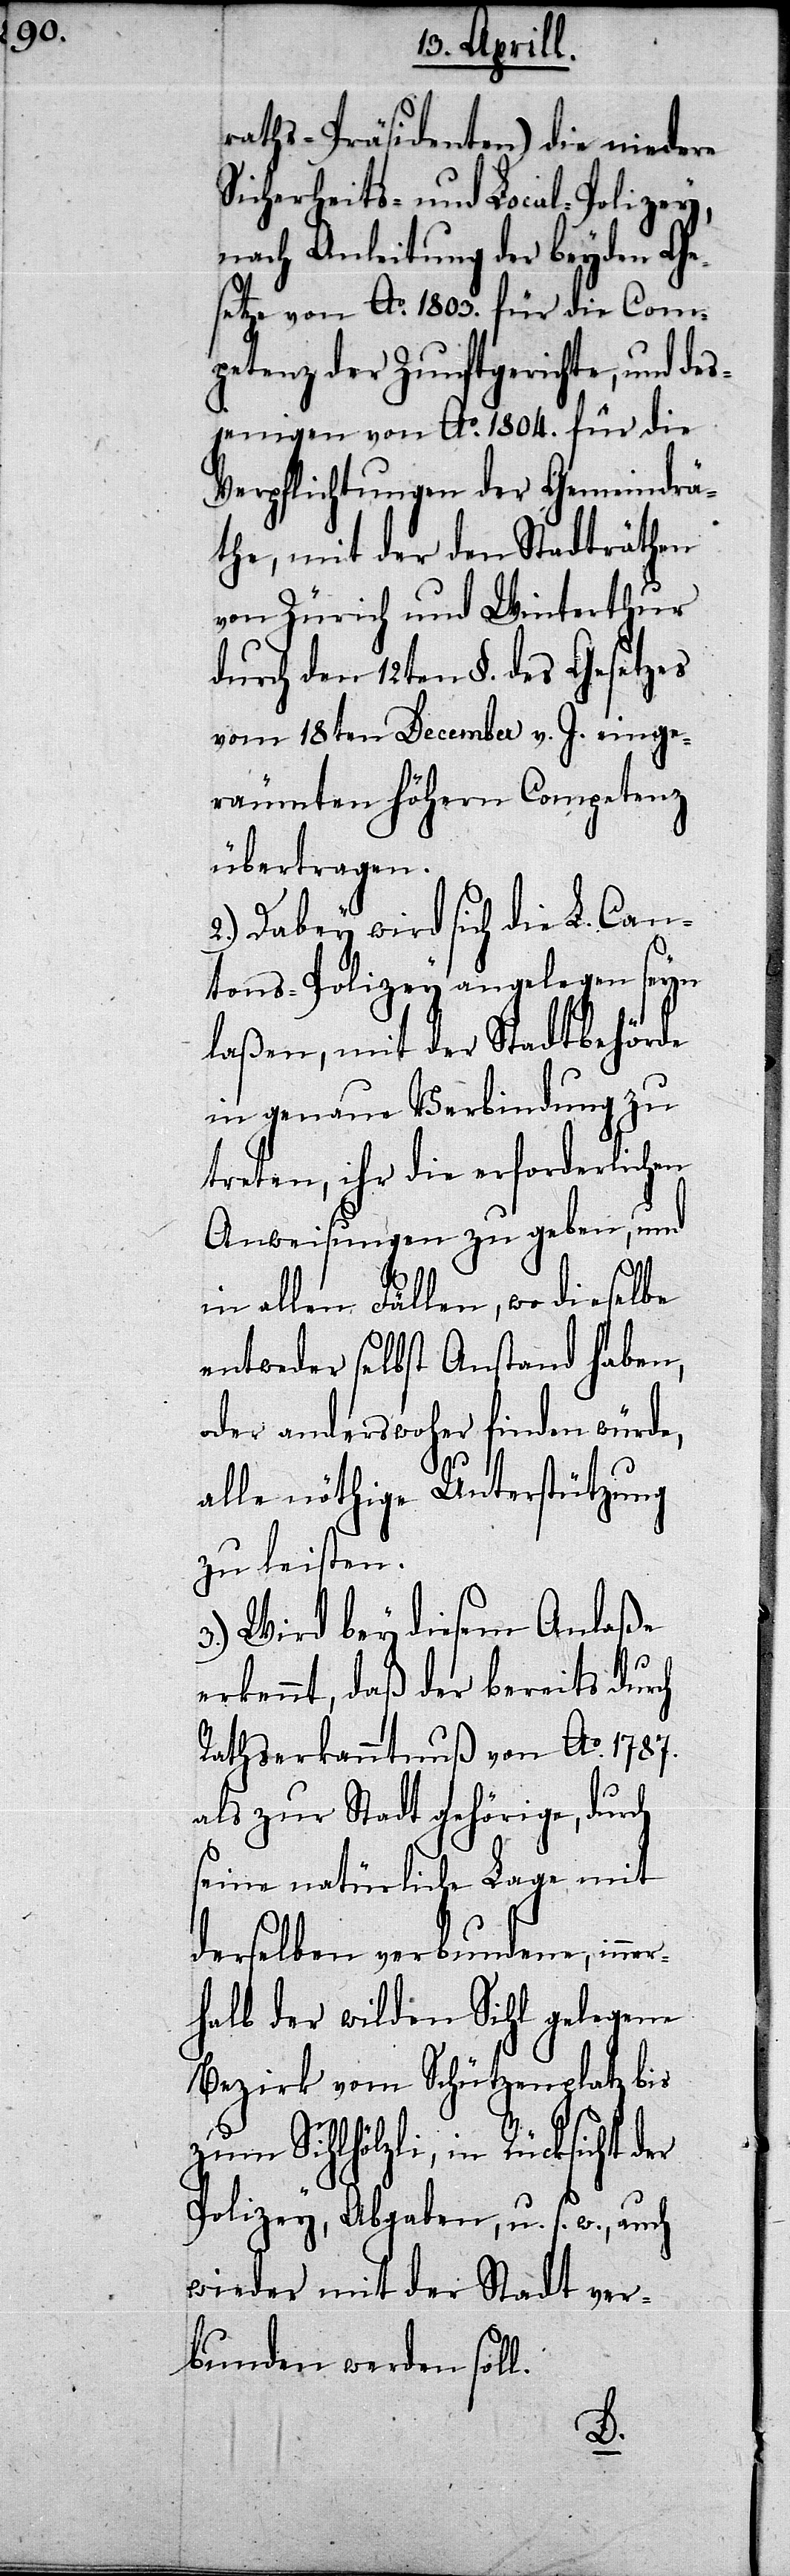
raths-Präsidenten) die niedere
Sicherheits- und Local-Polizey,
nach Anleitung der beyden Ge¬
setze von Ao. 1803. für die Com¬
petenz der Zunftgerichte, und des¬
jenigen von Ao. 1804. für die
Verpflichtungen der Gemeindrä¬
the, mit der den Stadträthen
von Zürich und Winterthur
durch den 12ten §. des Gesetzes
vom 18ten December v. J. einge¬
räumten höhern Competenz
übertragen.
2.) Dabey wird sich die L. Can¬
tons-Polizey angelegen seyn
laßen, mit der Stadtbehörde
in genaue Verbindung zu
treten, ihr die erforderlichen
Anweisungen zu geben, und
in allen Fällen, wo dieselbe
entweder selbst Anstand haben,
oder anderswoher finden würde,
alle nöthige Unterstützung
zu leisten.
3.) Wird bey diesem Anlaße
erkennt, daß der bereits durch
Rathserkanntnuß von Ao. 1787.
als zur Stadt gehörige, durch
seine natürliche Lage mit
derselben verbundene, inner¬
halb der wilden Sihl gelegene
Bezirk vom Schützenplatz bis
zum Sihlhölzli, in Rücksicht
Polizey, Abgaben, u. s. w., auch
wieder mit der Stadt ver¬
bunden werden soll.